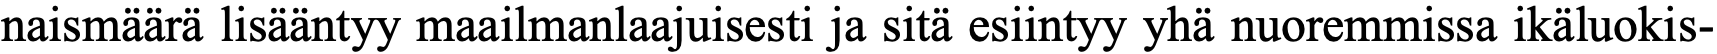
naismäärä lisääntyy maailmanlaajuisesti ja sitä esiintyy yhä nuoremmissa ikäluokis-